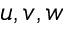
u , v , w